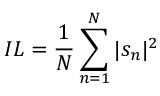
I L = \frac { 1 } { N } \sum _ { n = 1 } ^ { N } | s _ { n } | ^ { 2 }